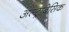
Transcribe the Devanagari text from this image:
अल्ट्राबेसिक